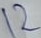
Text: 12